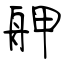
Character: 舺